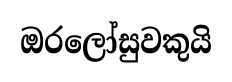
ඔරලෝසුවකුයි